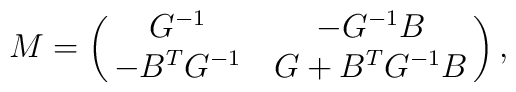
M=\left(\matrix{G^{-1} & -G^{-1}B \cr -B^TG^{-1} & G+B^TG^{-1}B}\right),